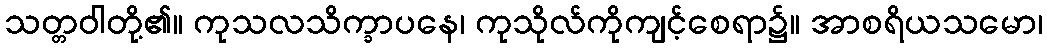
သတ္တဝါတို့၏။ ကုသလသိက္ခာပနေ၊ ကုသိုလ်ကိုကျင့်စေရာ၌။ အာစရိယသမော၊